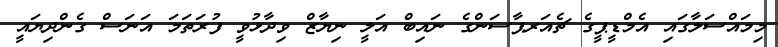
މިމައްސަލާގައި އެމްޑީޕީގެ ޗެއަރޕާސަންގެ ނައިބް އަލީ ނިޔާޒް ވިދާޅުވީ ފުރަތަމަ އަނަސް ގެންދިޔައީ